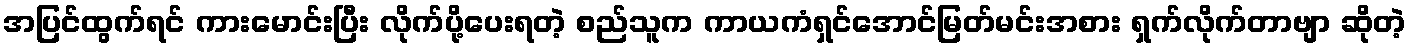
အပြင်ထွက်ရင် ကားမောင်းပြီး လိုက်ပို့ပေးရတဲ့ စည်သူက ကာယကံရှင်အောင်မြတ်မင်းအစား ရှက်လိုက်တာဗျာ ဆိုတဲ့